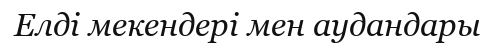
Елді мекендері мен аудандары